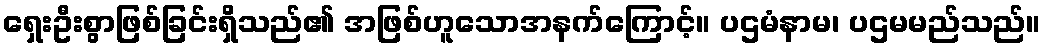
ရှေးဦးစွာဖြစ်ခြင်းရှိသည်၏ အဖြစ်ဟူသောအနက်ကြောင့်။ ပဌမံနာမ၊ ပဌမမည်သည်။